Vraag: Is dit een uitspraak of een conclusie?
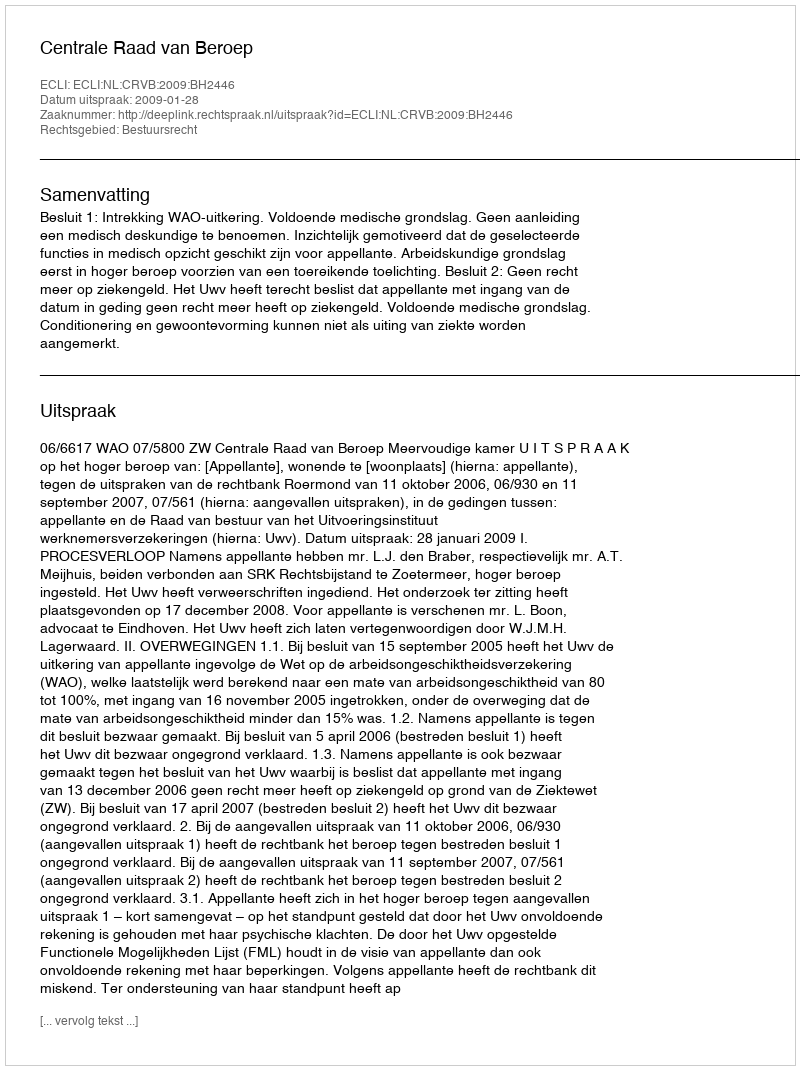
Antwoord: Uitspraak